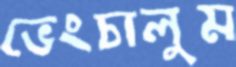
ভেংচালুম